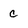
Character: C